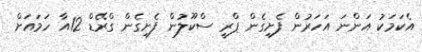
އެކަމަކު އަންނަ އަހަރުން ފެށިގެން ޕްރީ ސްކޫލުން ފެށިގެން ގްރޭޑް 12އާ ހަމައަށް